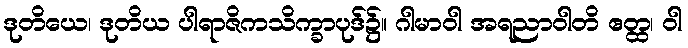
ဒုတိယေ၊ ဒုတိယ ပါရာဇိကသိက္ခာပုဒ်၌။ ဂါမာဝါ အရညာဝါတိ ဧတ္ထ၊ ဝါ